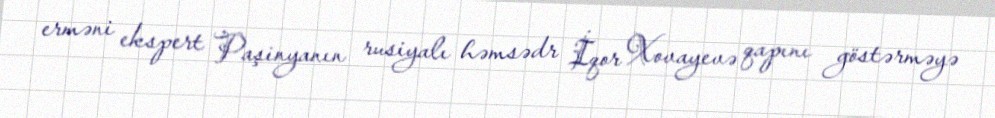
erməni ekspert Paşinyanın rusiyalı həmsədr İqor Xovayevə qapını göstərməyə